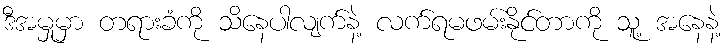
ဒီအမှုမှာ တရားခံကို သိနေပါလျက်နဲ့ လက်ရမဖမ်းနိုင်တာကို သူ့ အနေနဲ့